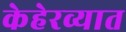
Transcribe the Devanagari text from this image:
केहेरव्यात